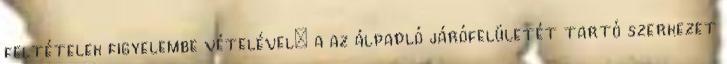
feltételek figyelembe vételével: a az álpadló járófelületét tartó szerkezet